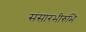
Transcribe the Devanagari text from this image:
संसारभीरुभि